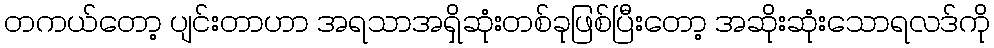
တကယ်တော့ ပျင်းတာဟာ အရသာအရှိဆုံးတစ်ခုဖြစ်ပြီးတော့ အဆိုးဆုံးသောရလဒ်ကို